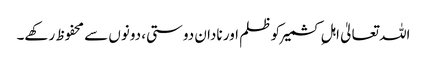
اللہ تعالیٰ اہلِ کشمیر کو ظلم اور نادان دوستی، دونوں سے محفوظ رکھے۔